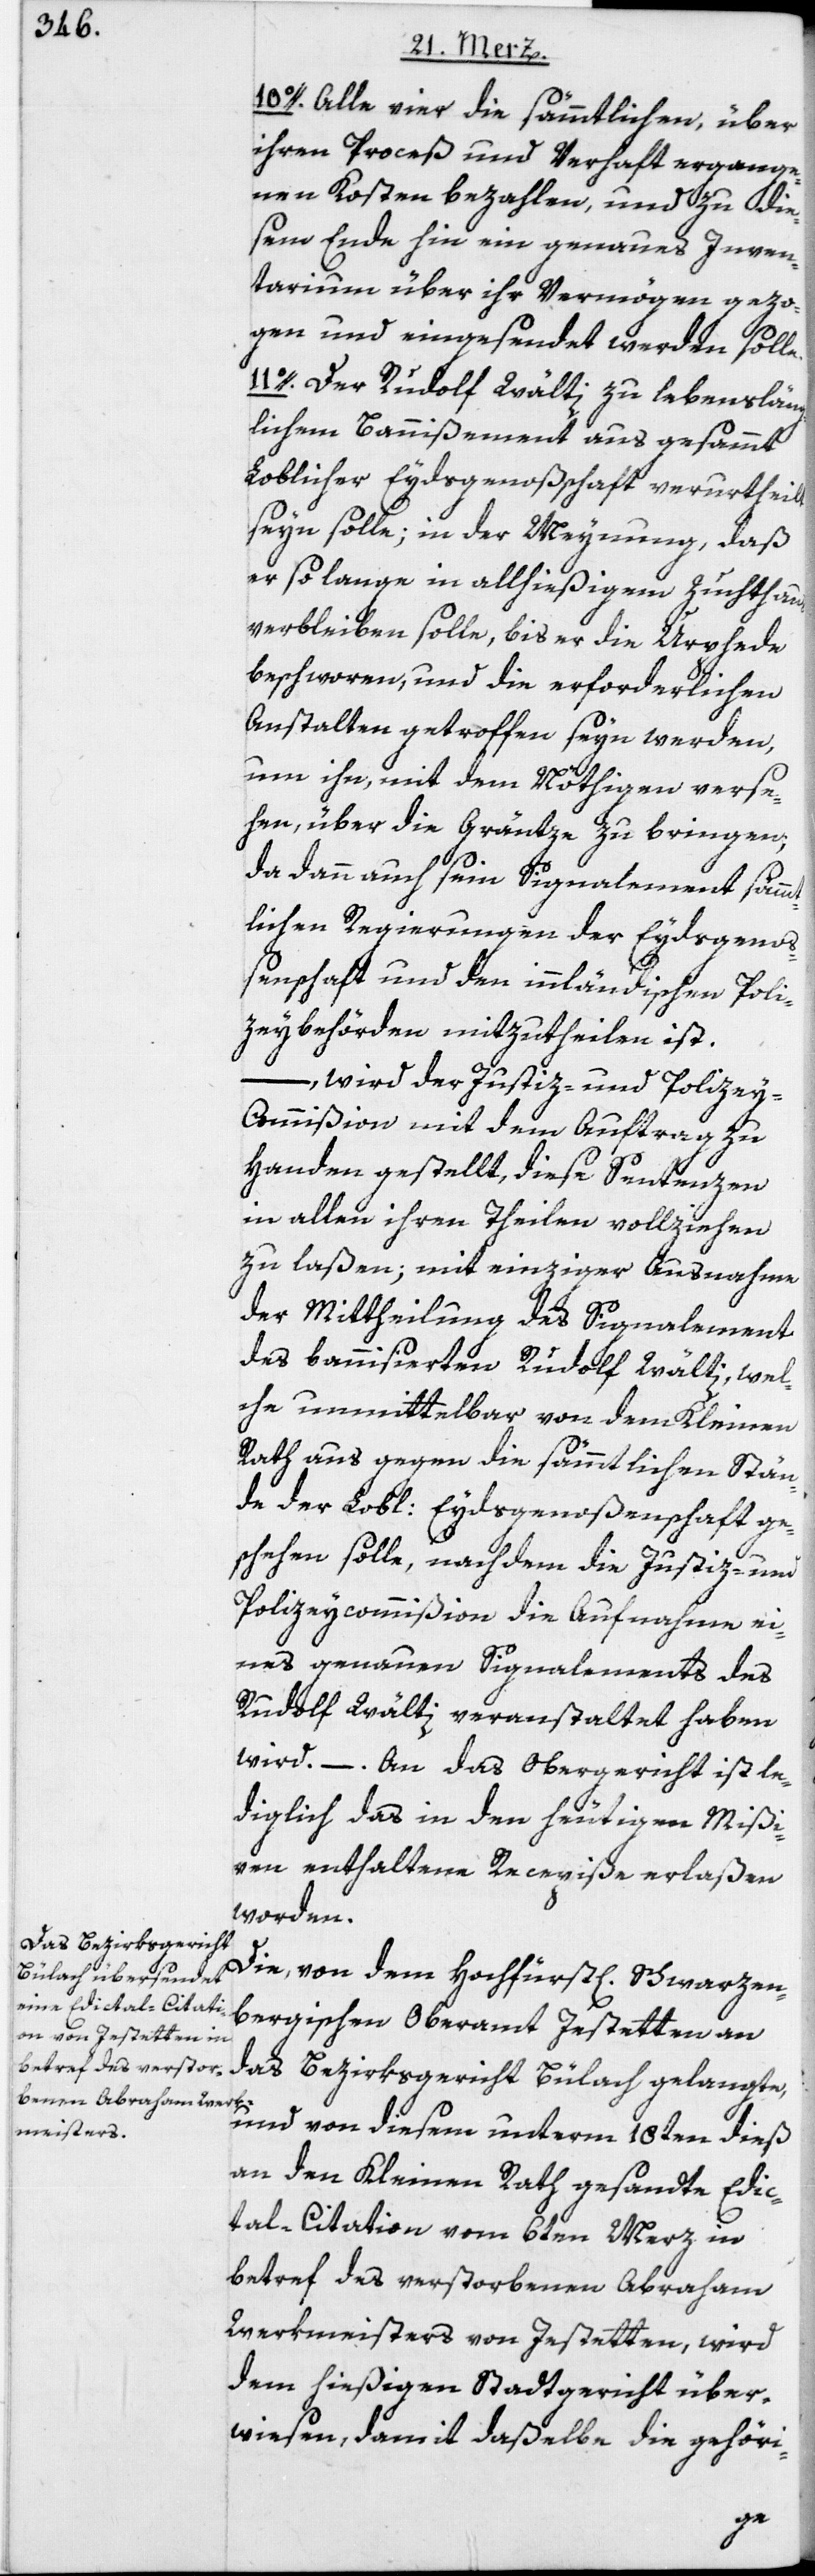
10o. Alle vier die sämmtlichen, über
ihren Proceß und Verhaft ergange¬
nen Kosten bezahlen, und zu die¬
sem Ende hin ein genaues Inven¬
tarium über ihr Vermögen gezo¬
gen und eingesendet werden solle.
11o. Der Rudolf Wälti zu lebensläng¬
lichem Bannißement aus gesammt
Loblicher Eydsgenoßschaft verurtheilt
seyn solle; in der Meynung, daß
er so lange in allhießigem Zuchthaus
verbleiben solle, bis er die Urphede
beschworen, und die erforderlichen
Anstalten getroffen seyn werden,
um ihn, mit dem Nöthigen verse¬
hen, über die Gräntze zu bringen;
da dann auch sein Signalement sämmt¬
lichen Regierungen der Eydsgenoß¬
enschaft und den innländischen Poli¬
zeybehörden mitzutheilen ist.
–, wird der Justiz- und Polize¬
y-Commißion mit dem Auftrag zu
Handen gestellt, diese Sentenzen
in allen ihren Theilen vollziehen
zu laßen; mit einziger Ausnahme
der Mittheilung des Signalement
des bannisierten Rudolf Wälti, wel¬
che unmittelbar von dem Kleinen
Rath aus gegen die sämmtlichen Stän¬
de der Lobl: Eydsgenoßenschaft ge¬
schehen solle, nachdem die Justiz- und
Polizeycommißion die Aufnahme ei¬
nes genauen Signalements des
Rudolf Wälti veranstaltet haben
wird. – An das Obergericht ist le¬
diglich das in den heutigen Mißi¬
ven enthaltene Recepiße erlaßen
worden.
Die, von dem Hochfürstl[ich] Schwarzen¬
bergischen Oberamt Jestetten an
das Bezirksgericht Bülach gelangte,
und von diesem unterm 18ten dieß
an den Kleinen Rath gesandte Edic¬
tal-Citation vom 6ten Merz in
betref des verstorbenen Abraham
Werkmeisters von Jestetten, wird
dem hießigen Stadtgericht über¬
wiesen, damit daßelbe die gehöri-